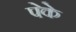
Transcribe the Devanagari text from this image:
पेके